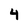
Character: 4